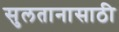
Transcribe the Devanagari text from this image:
सुलतानासाठी